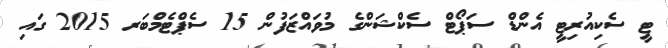
ޓީ ސެކިއުރިޓީ އެންޑް ސަޕޯޓް ސެކްޝަންގެ މުވައްޒަފުން 15 ސެޕްޓެމްބަރ 2015 ގައި